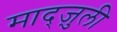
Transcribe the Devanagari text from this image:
माद्ज़ुली